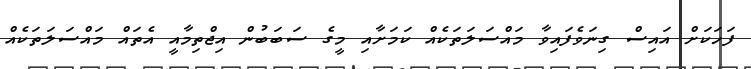
ފަހަކަށް އައިސް ގިނަވެފައިވާ މައްސަލަތަކެއް ކަމަށާއި މީގެ ސަބަބުން އިޖްތިމާއީ އެތައް މައްސަލަތަކެއް